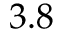
3 . 8